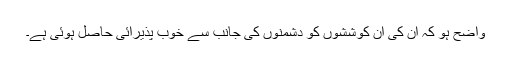
واضح ہو کہ ان کی ان کوششوں کو دشمنوں کی جانب سے خوب پذیرائی حاصل ہوئی ہے۔